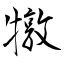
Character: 犜